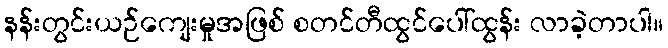
နန်းတွင်းယဉ်ကျေးမှုအဖြစ် စတင်တီထွင်ပေါ်ထွန်း လာခဲ့တာပါ။